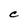
Character: C